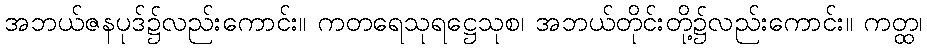
အဘယ်ဇနပုဒ်၌လည်းကောင်း။ ကတရေသုရဋ္ဌေသုစ၊ အဘယ်တိုင်းတို့၌လည်းကောင်း။ ကတ္ထ၊